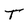
Character: T